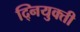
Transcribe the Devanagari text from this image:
द्नियुक्ती